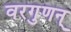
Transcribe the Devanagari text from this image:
वरगुणन्